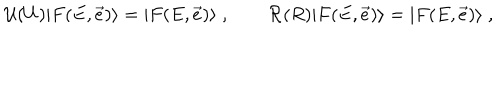
LaTeX: \mathcal U ( U ) | F ( E , \vec { e } ) \rangle = | F ( E , \vec { e } ) \rangle \; , \qquad \mathcal R ( R ) | F ( E , \vec { e } ) \rangle = | F ( E , \vec { e } ) \rangle \; ,